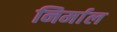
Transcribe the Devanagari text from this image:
निर्माल